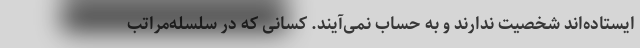
ایستاده‌اند شخصیت ندارند و به حساب نمی‌آیند. کسانی که در سلسله‌مراتب